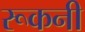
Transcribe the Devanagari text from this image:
रूकनी